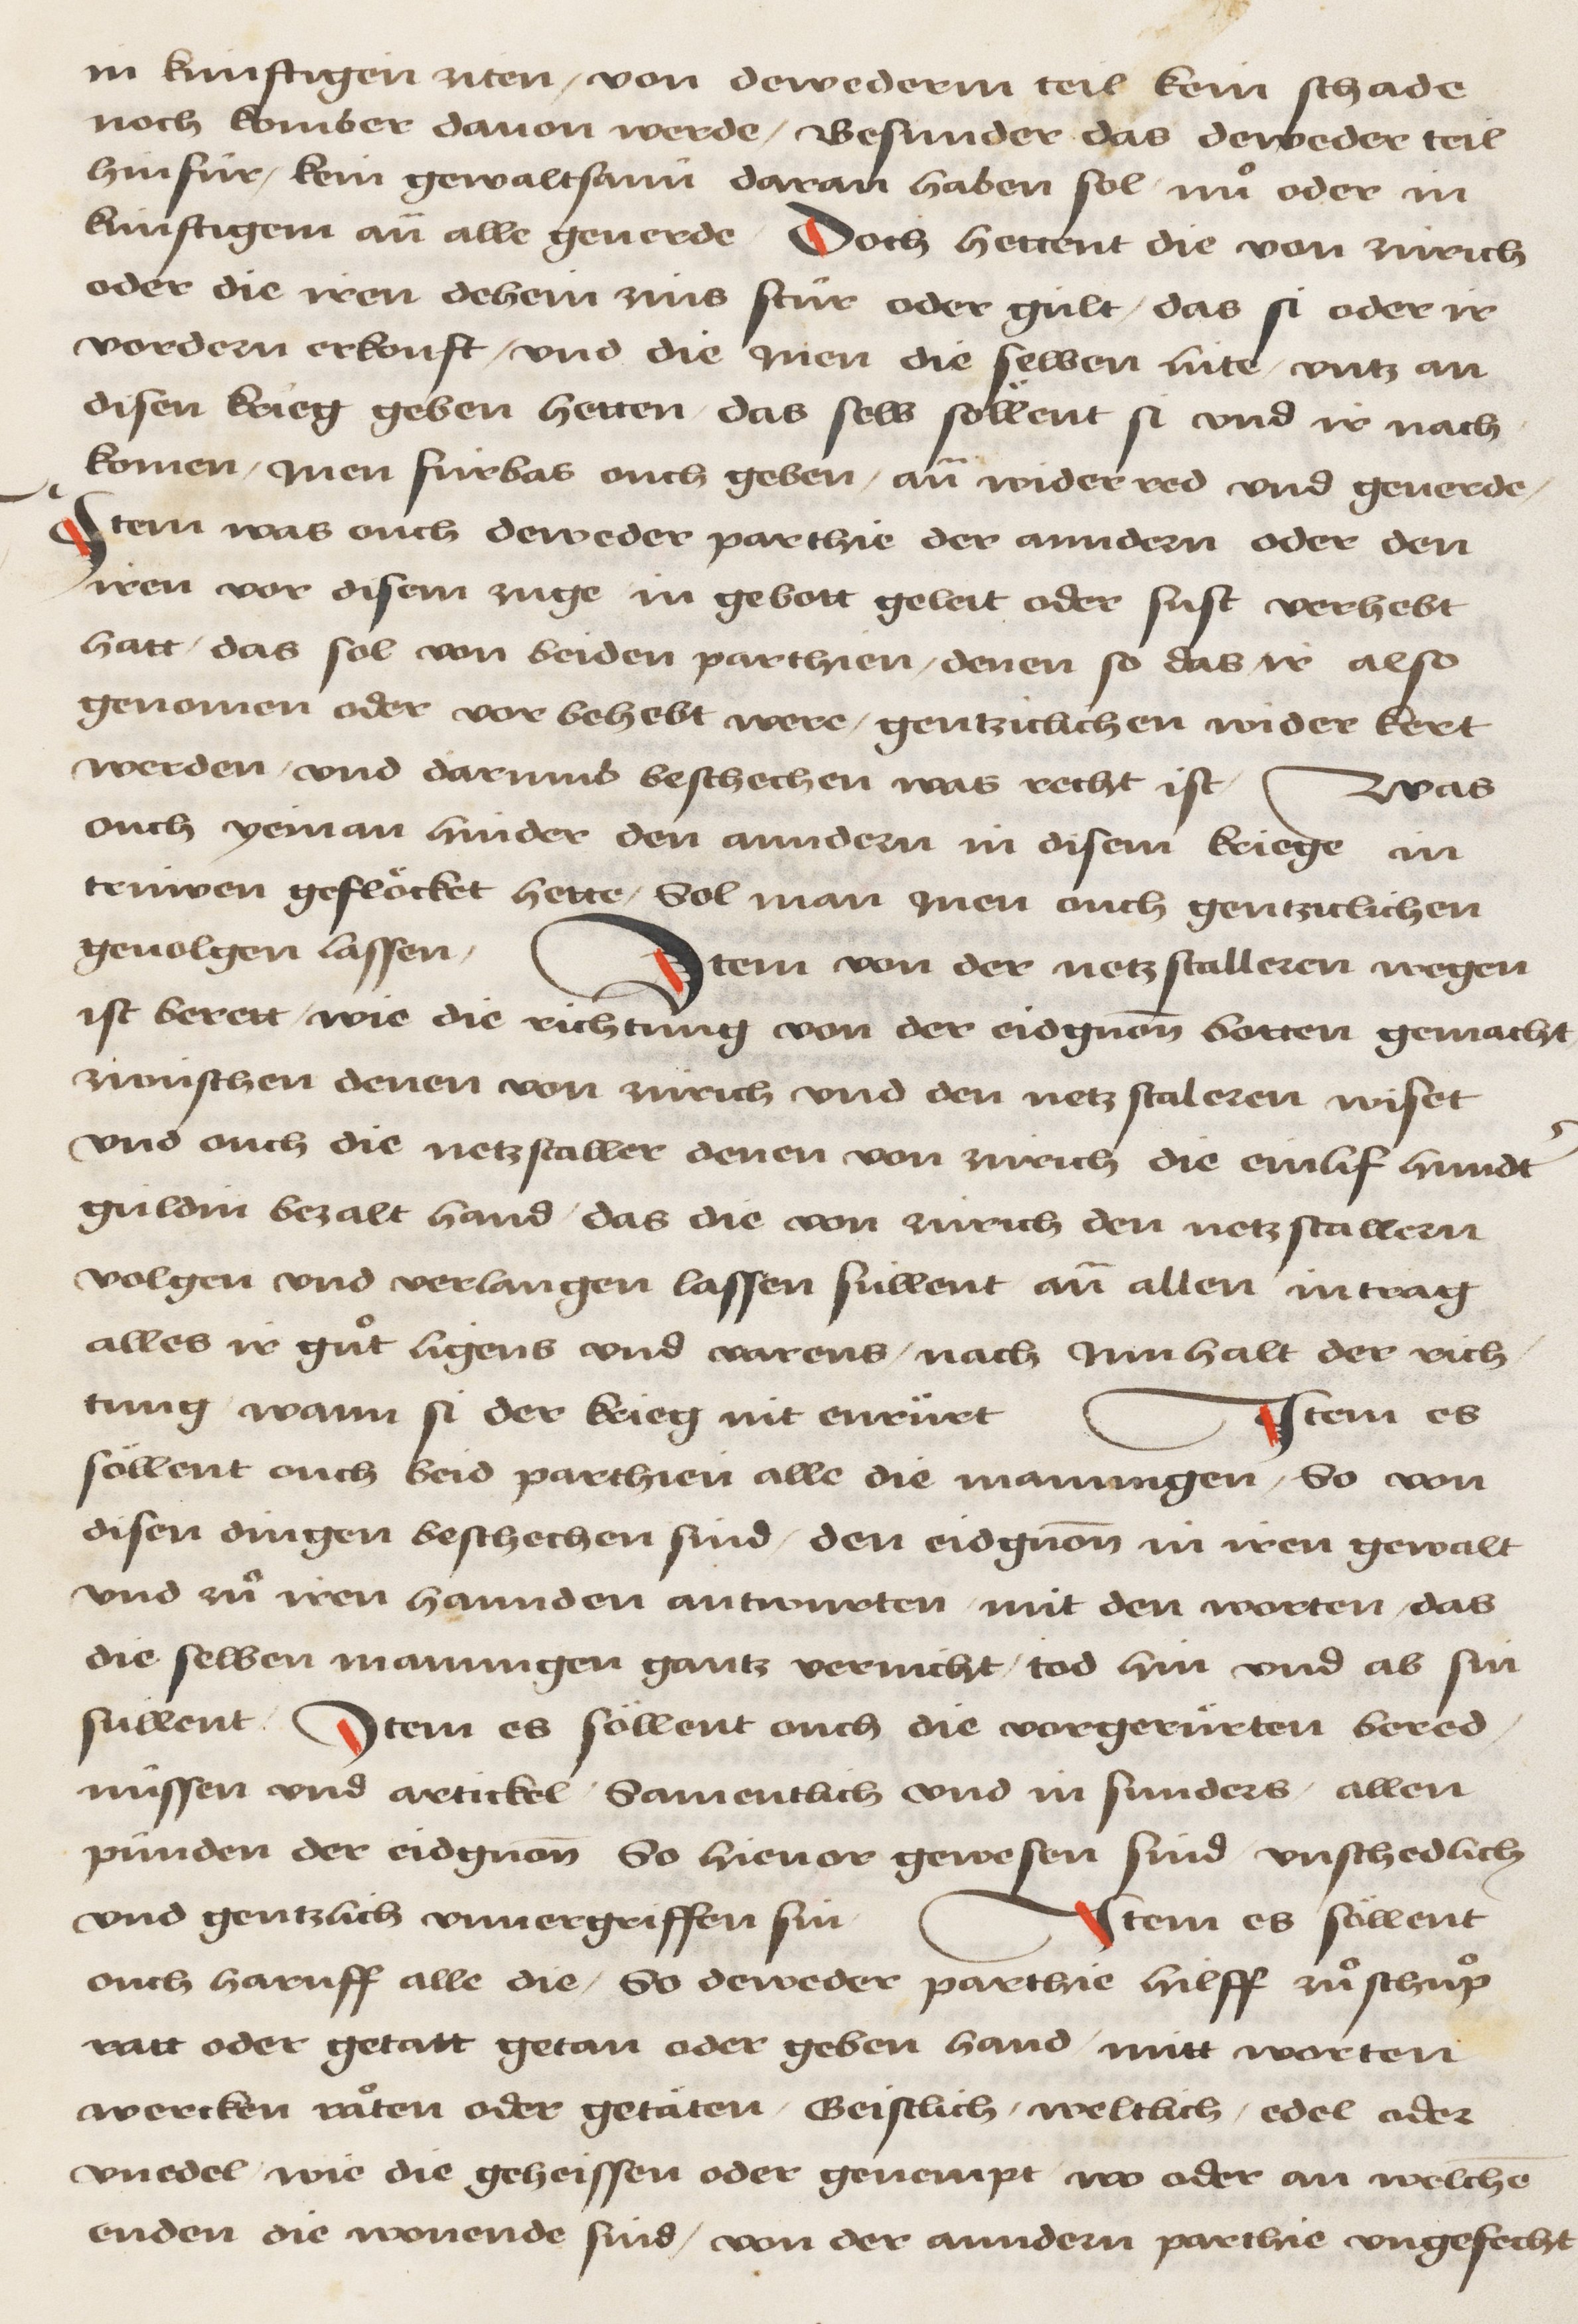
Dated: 1478–1483